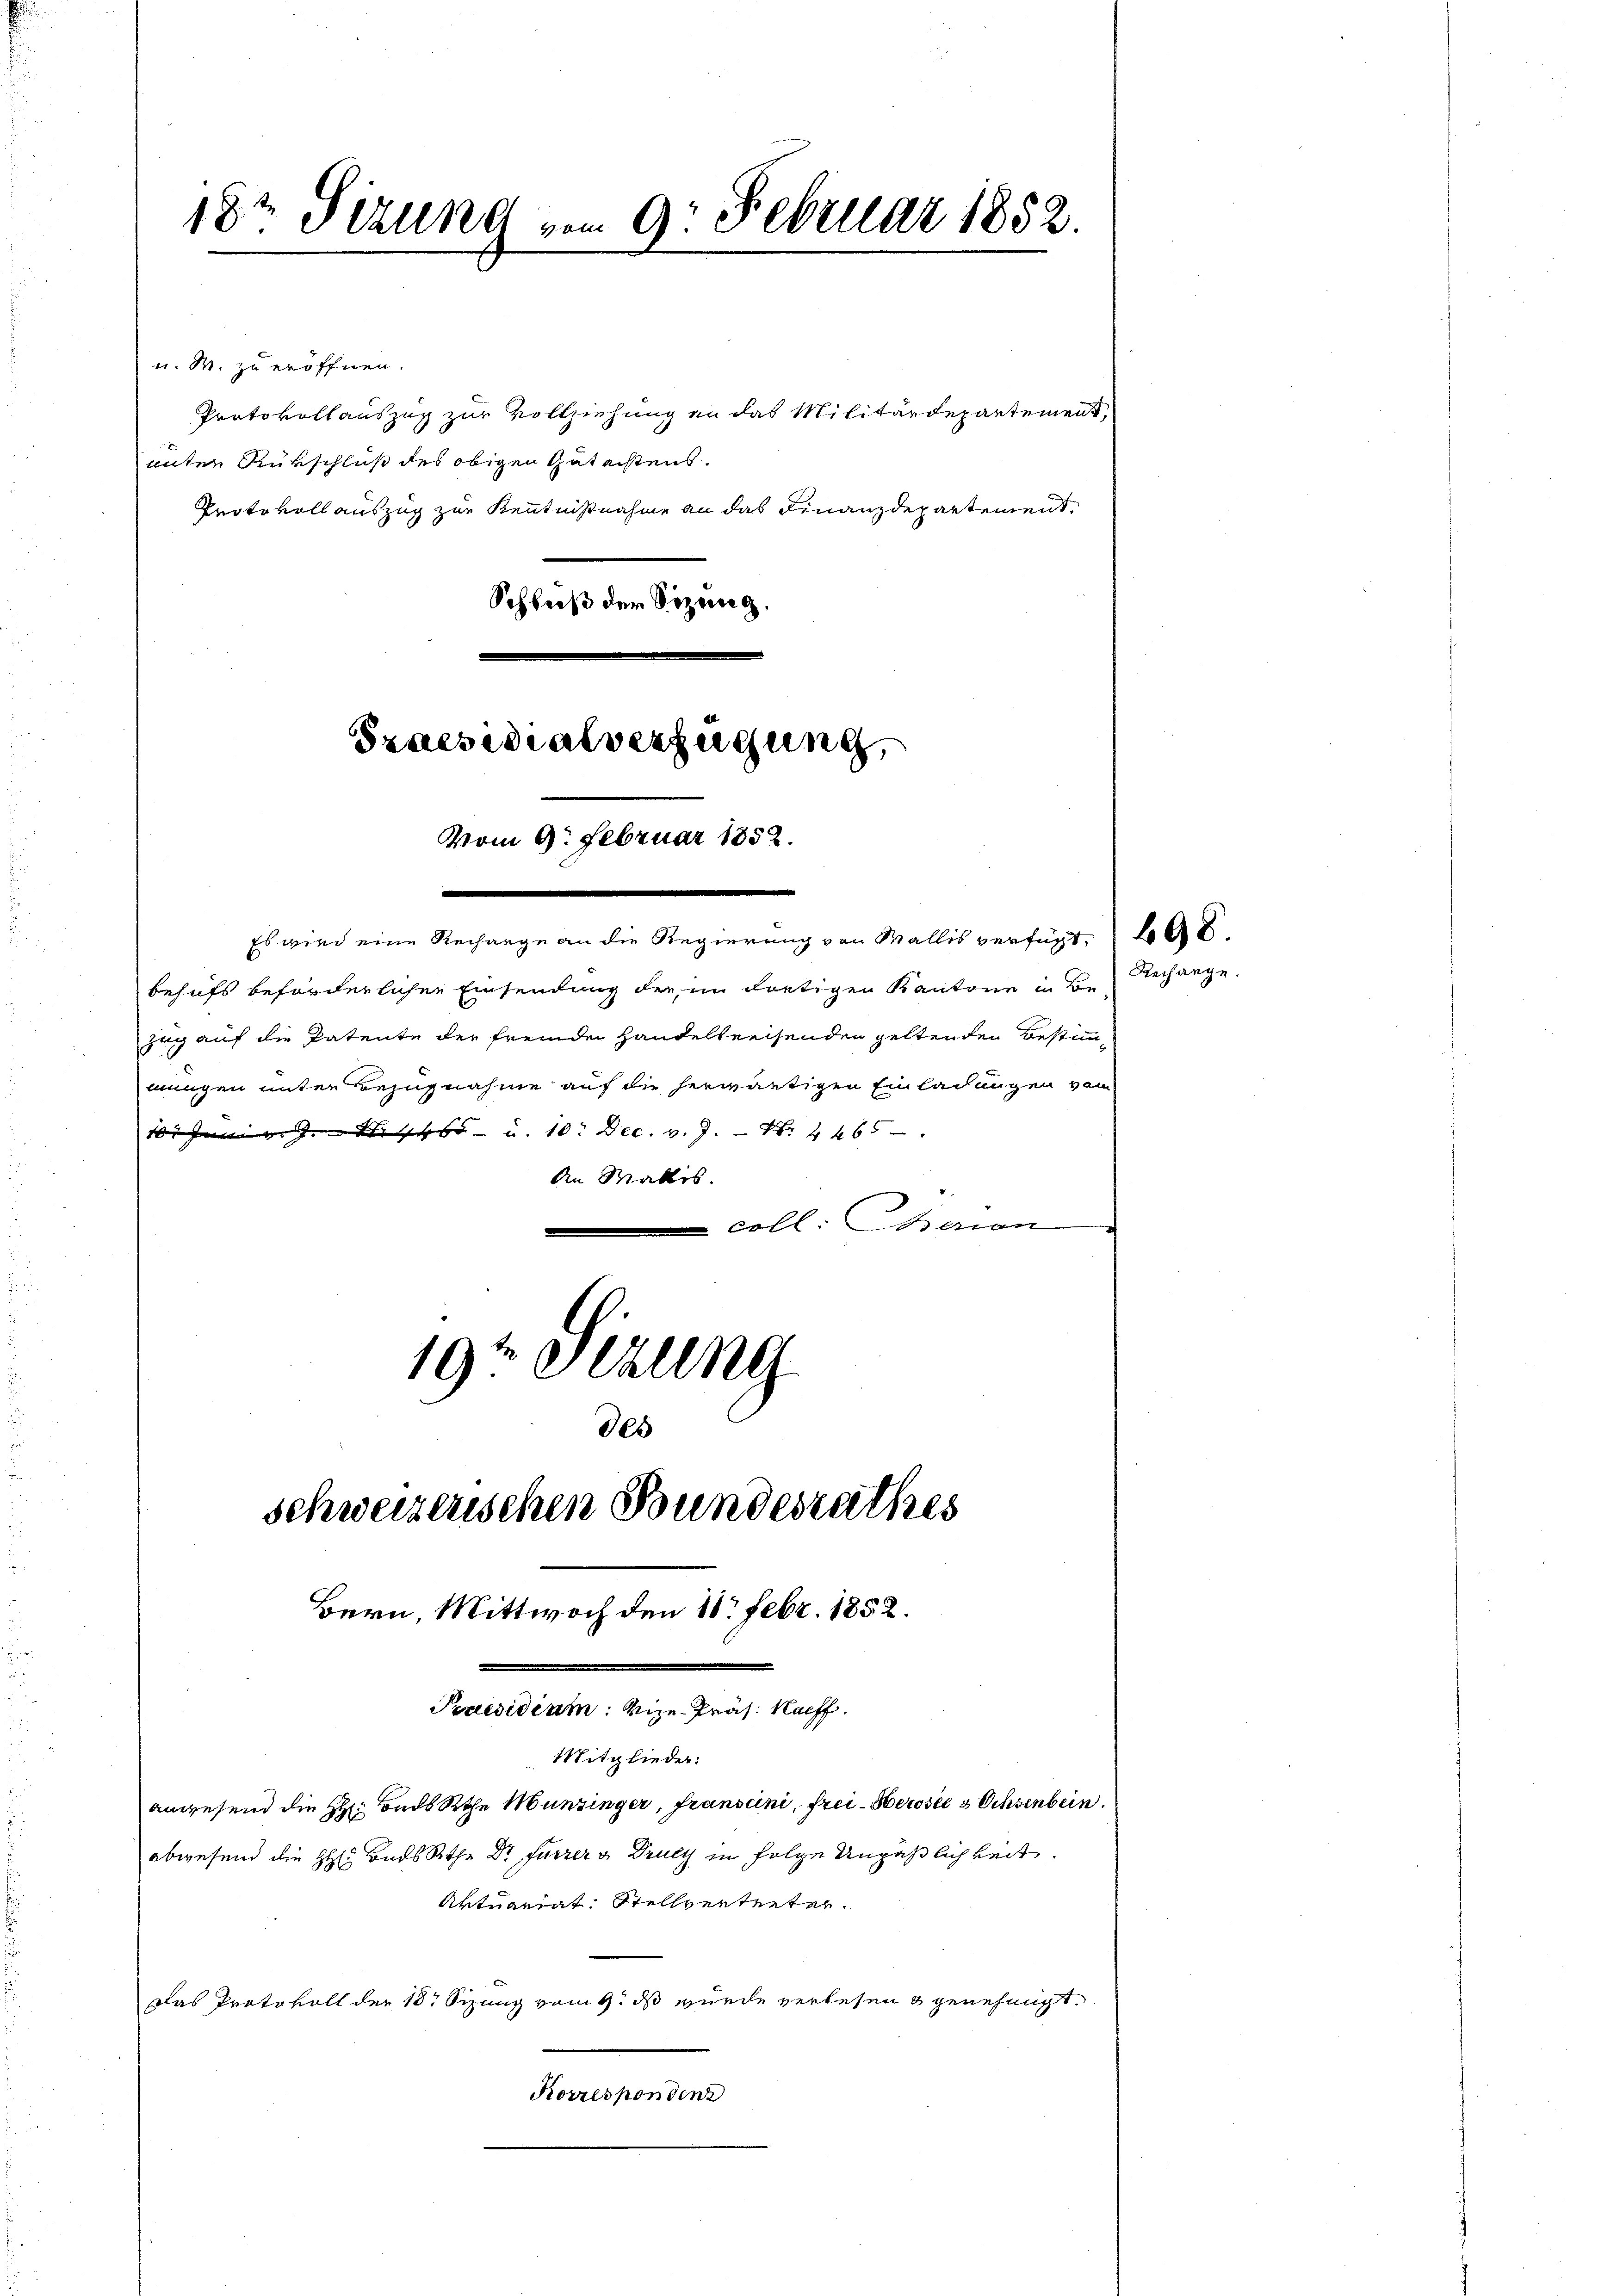
18t Sizung vom 9. Februar 1852.

u. W. zu eröffnen.
Protokollauszug zur Vollziehung an das Militärdepartement,
unter Rükschluß des obigen Gutachtens.
Protokoll auszug zur Kenntnißnahme an das Finanzdepartement,
Schluß der Sizung,

e
Es wird eine Rechange an die Regierung von Wallis verfügt,
behufs beförderlichen Einsendung der im dortigen Kantone Be- Recharge.
zug auf die Patente der fremde Handelkreisenden geltenden Bestimm-
mungen unter Bezugnahme auf die herwärtigen Einladungen vom
10. Juni v. J. S. 465 u. 10. Dec. v. J. N. 4460
An Wallis.
coll. Baron
19t Sizung

Praesidialverfügung,

des

vom 9. Februar 1852.

Korrespondenz

schweizerischen Bundesrathes
Bern, Mittwoch den 18. Febr. 1852.
Praesidium: Vize-Präs. Haeff.
Mitglieder:
anwesend die H. Bads Rathe Munzinger, Fransini, frei-Berose 3 Ochsenbein.
abwesend die H. Bonds Rathe Dr Furrer & Drucy in Folge Unpäßlichkeit.
Aktuariat. Stellverteiter.
Das Protokoll der 18 Sizung vom 9. ds wurde verlesen & genehmigt.